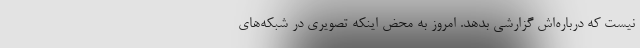
نيست كه درباره‌اش گزارشي بدهد. امروز به محض اينكه تصويري در شبكه‌هاي